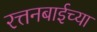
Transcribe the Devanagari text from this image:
रत्तनबाईच्या